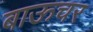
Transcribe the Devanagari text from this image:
बाऊचर